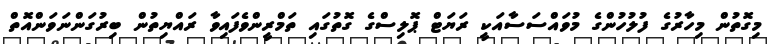
މިގޮތުން މިހާރުގެ ފުލުހުންގެ މުވައްސަސާއަކީ ރަޔަޓް ޕޮލިސްގެ ގޮތުގައި ތަމްރީންވެފައިވާ ރައްޔިތުން ބިރުގަންނަވަންއޮތް